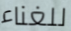
للغناء